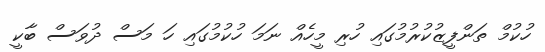
ހުކުމް ތަންފީޒުކުރުމުގައި ހުރި މީހެއް ނަމަ ހުކުމުގައި ހަ މަސް ދުވަސް ބާކީ